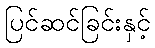
ပြင်ဆင်ခြင်းနှင့်